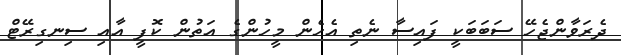
ދެރަވާންޖެހޭ ސަބަބަކީ ފައިސާ ނެތި އެހެން މީހުންގެ އަތުން ކޮފީ އާއި ސިނގިރޭޓް